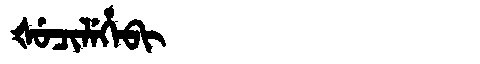
Manchu: ᡧᡠᠴᡳᠯᡝᡥᡝᠪᡳ
Romanization: ŠUCILEHEBI